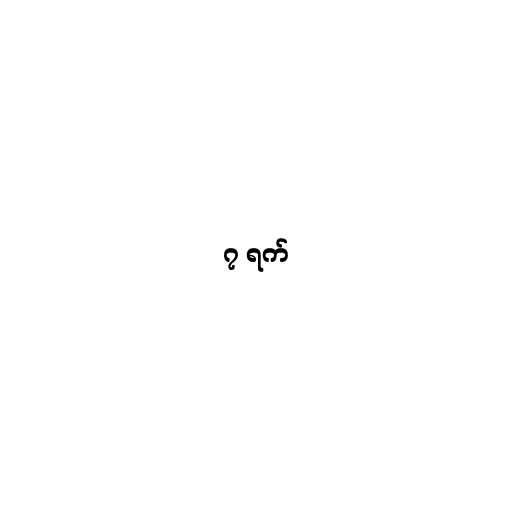
၇ ရက်